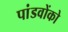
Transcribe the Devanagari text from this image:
पांडवोंको